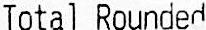
TOTAL ROUNDED